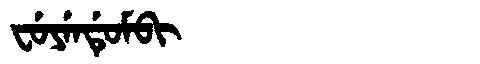
Manchu: ᠸᡠᠶᡝᠨᡩᡠᠮᠪᡳ
Romanization: FUYENDUMBI